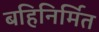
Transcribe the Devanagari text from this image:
बहिनिर्मित